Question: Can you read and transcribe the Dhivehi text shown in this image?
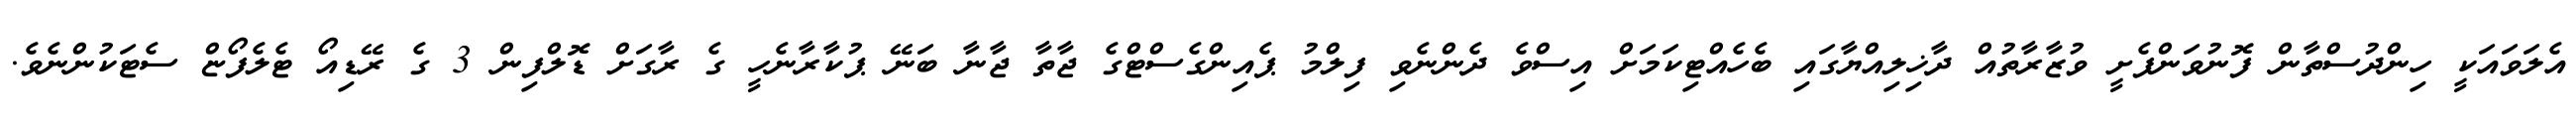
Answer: އެލަވައަކީ ހިންދުސްތާން ފޮނުވަންފެށީ ވުޒާރާތުއް ދާޚިލިއްޔާގައި ބެހެއްޓިކަމަށް އިސްވެ ދެންނެވި ފިލްމު ޕެއިންގެސްޓްގެ ޖާތާ ޖާނާ ބަނޭ ޕުކާރާނެހީ ގެ ރާގަށް ޑޮލްފިން 3 ގެ ރޭޑިއޯ ޓެލެފޯޏް ސެޓަކުންނެވެ.